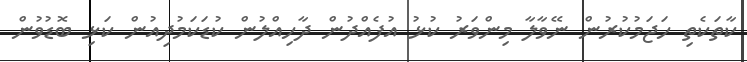
ކާތަކެތި ހަޖަމުކުރުން ނޭވާލާ މިންވަރު ކުޅު އުފެއްދުން ދާހިއްލުން ކުޑަކަމުދިއުން ކަޅި ބޮޑުވުން